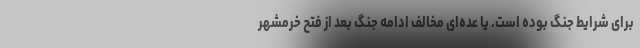
برای شرایط جنگ بوده است. یا عده‌ای مخالف ادامه جنگ بعد از فتح خرمشهر